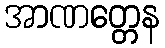
အာဏတ္တေန